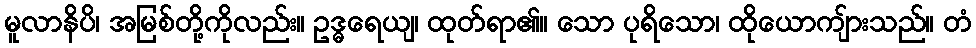
မူလာနိပိ၊ အမြစ်တို့ကိုလည်း။ ဥဒ္ဓရေယျ၊ ထုတ်ရာ၏။ သော ပုရိသော၊ ထိုယောကျ်ားသည်။ တံ